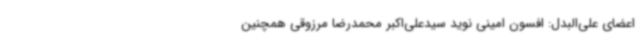
اعضای علی‌البدل: افسون امینی نوید سیدعلی‌اکبر محمدرضا مرزوقی همچنین